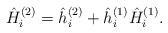
LaTeX: \begin{align*} \hat{H}_{i}^{( 2 )} = \hat{h}_{i}^{( 2 )} + \hat{h}_{i}^{( 1 )} \hat{H}_{i}^{( 1 )}. \end{align*}